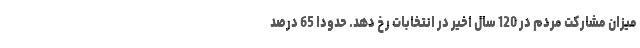
میزان مشارکت مردم در 120 سال اخیر در انتخابات رخ دهد. حدوداً 65 درصد